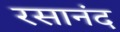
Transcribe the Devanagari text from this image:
रसानंद